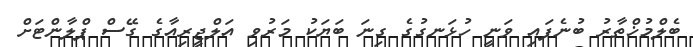
ބެލްމުޚްތާރު ބުނެފައި ވަނީ ހުޅަނގުގެ ގިނަ ބަޔަކު މަރުވި އަލްޖީރިއާގެ ގޭސް ޕްލާންޓަށް